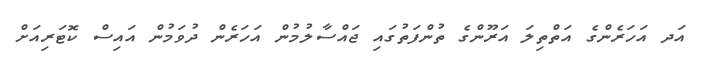
އަދ އަހަރެންގެ އަތްތިލަ އަރޫންގެ ތުންފަތުގައި ޖައްސާލުމުން އަހަރެން ދުވަމުން އައިސް ކޮޓަރިއަށް